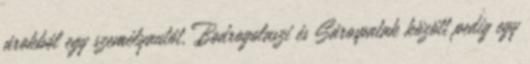
árokból egy személyautót, Bodrogolaszi és Sárospatak között pedig egy